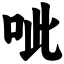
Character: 呲